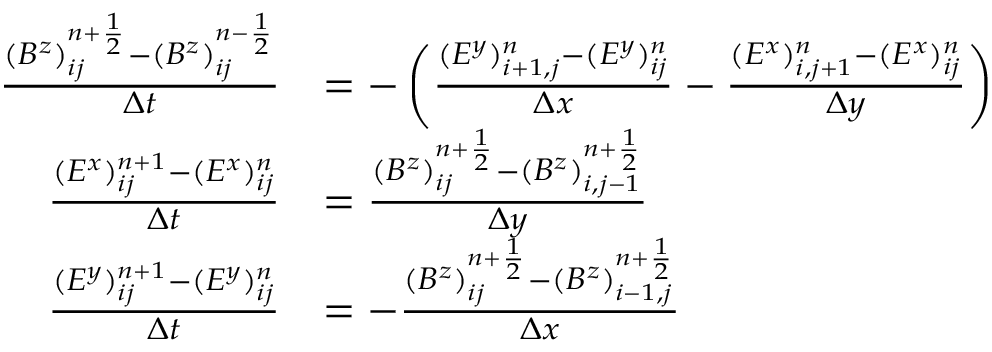
\begin{array} { r l } { \frac { ( B ^ { z } ) _ { i j } ^ { n + \frac 1 2 } - ( B ^ { z } ) _ { i j } ^ { n - \frac 1 2 } } { \Delta t } } & { = - \left( \frac { ( E ^ { y } ) _ { i + 1 , j } ^ { n } - ( E ^ { y } ) _ { i j } ^ { n } } { \Delta x } - \frac { ( E ^ { x } ) _ { i , j + 1 } ^ { n } - ( E ^ { x } ) _ { i j } ^ { n } } { \Delta y } \right) } \\ { \frac { ( E ^ { x } ) _ { i j } ^ { n + 1 } - ( E ^ { x } ) _ { i j } ^ { n } } { \Delta t } } & { = \frac { ( B ^ { z } ) _ { i j } ^ { n + \frac 1 2 } - ( B ^ { z } ) _ { i , j - 1 } ^ { n + \frac 1 2 } } { \Delta y } } \\ { \frac { ( E ^ { y } ) _ { i j } ^ { n + 1 } - ( E ^ { y } ) _ { i j } ^ { n } } { \Delta t } } & { = - \frac { ( B ^ { z } ) _ { i j } ^ { n + \frac 1 2 } - ( B ^ { z } ) _ { i - 1 , j } ^ { n + \frac 1 2 } } { \Delta x } } \end{array}